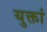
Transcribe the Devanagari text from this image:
युक्तां